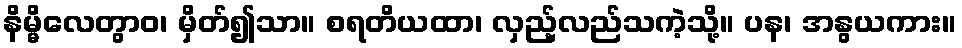
နိမ္မိလေတွာဝ၊ မှိတ်၍သာ။ စရတိယထာ၊ လှည့်လည်သကဲ့သို့။ ပန၊ အနွယကား။